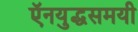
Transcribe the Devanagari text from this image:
ऍनयुद्धसमयी